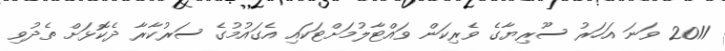
2011 ވަނަ އަހަރު ސޫރިޔާގެ ވެރިކަން ވައްޓާލުމަށްޓަކައި އެގައުމުގެ ސަރުކާރާ ދެކޮޅަށް ތެދުވި